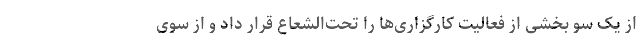
از یک سو بخشی از فعالیت کارگزاری‌ها را تحت‌الشعاع قرار داد و از سوی